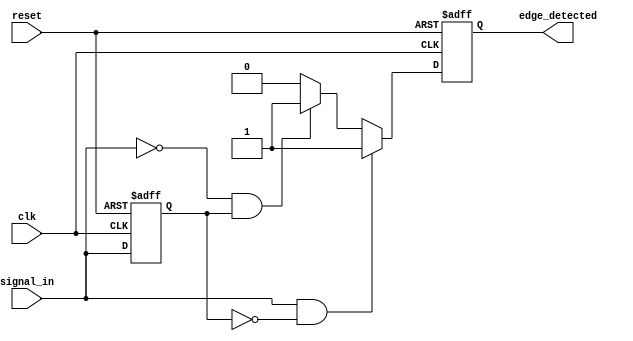
module dual_edge_detector (
    input wire clk,             // Clock signal
    input wire reset,           // Asynchronous reset signal
    input wire signal_in,       // Input signal to detect edges
    output reg edge_detected     // Output signal indicating edge detection
);

    // Memory element to store the previous state of the input signal
    reg previous_signal;

    // Edge detection logic
    always @(posedge clk or posedge reset) begin
        if (reset) begin
            previous_signal <= 1'b0; // Initialize previous state to low on reset
            edge_detected <= 1'b0;    // Initialize edge detected to low
        end else begin
            // Check for rising edge
            if (signal_in && !previous_signal) begin
                edge_detected <= 1'b1; // Rising edge detected
            end
            // Check for falling edge
            else if (!signal_in && previous_signal) begin
                edge_detected <= 1'b1; // Falling edge detected
            end
            else begin
                edge_detected <= 1'b0; // No edge detected
            end
            
            // Update previous state
            previous_signal <= signal_in;
        end
    end

endmodule